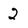
Character: 2